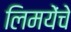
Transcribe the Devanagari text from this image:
लिमयेंंचे